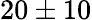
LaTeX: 20\pm 10